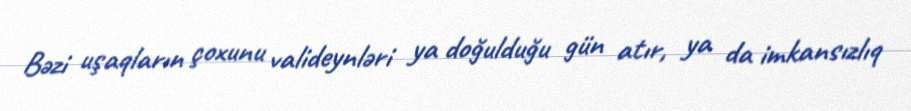
Bəzi uşaqların çoxunu valideynləri ya doğulduğu gün atır, ya da imkansızlıq